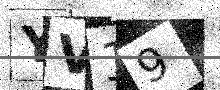
Text: YV19